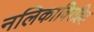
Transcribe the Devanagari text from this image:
नलिकाविरहित